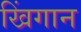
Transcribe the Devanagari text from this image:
खिंगान